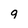
Character: 9